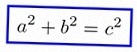
a^2+b^2=c^2